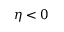
\eta < 0